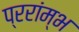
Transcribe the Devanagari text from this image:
प्ररांम्भ